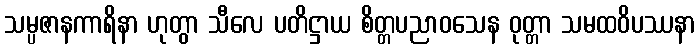
သမ္ပဇာနကာရိနာ ဟုတွာ သီလေ ပတိဋ္ဌာယ စိတ္တပညာဝသေန ဝုတ္တာ သမထဝိပဿနာ